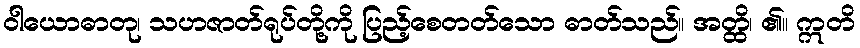
ဝါယောဓာတု၊ သဟဇာတ်ရုပ်တို့ကို ပြည့်စေတတ်သော ဓာတ်သည်။ အတ္ထိ၊ ၏။ ဣတိ